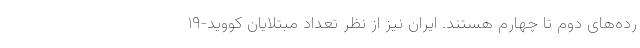
رده‌های دوم تا چهارم هستند. ایران نیز از نظر تعداد مبتلایان کووید-۱۹